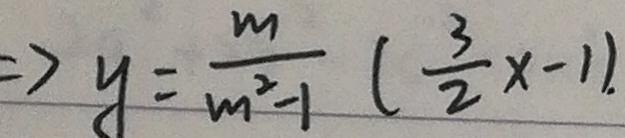
\Rightarrow y = \frac { m } { m ^ { 2 } - 1 } ( \frac { 3 } { 2 } x - 1 ) .